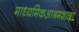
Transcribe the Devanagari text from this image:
माध्यमिकआश्रमशाळा